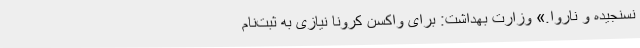
نسنجیده و ناروا.» وزارت بهداشت: برای واکسن کرونا نیازی به ثبت‌نام‌